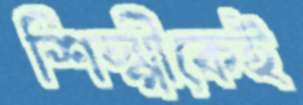
শিল্পীকেই